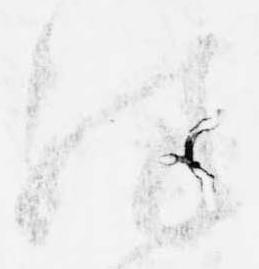
殊